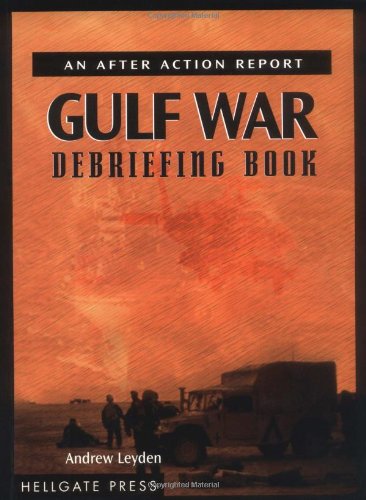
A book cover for Gulf War Debriefing Book: An After Action Report; Andrew Leyden; History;